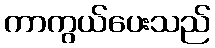
ကာကွယ်ပေးသည်